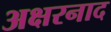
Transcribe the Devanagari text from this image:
अक्षरनाद